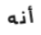
أنه